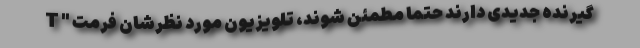
گیرنده جدیدی دارند حتما مطمئن شوند، تلویزیون مورد نظرشان فرمت " T